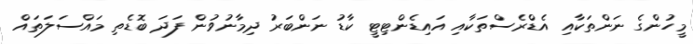
މީހުންގެ ނަންތަކާއި އެޑްރެސްތަކާއި އައިޑެންޓިޓީ ކާޑު ނަންބަރު ދިމާނުވުން ފަދަ ބޮޑެތި މައްސަލަތައް